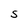
Character: S